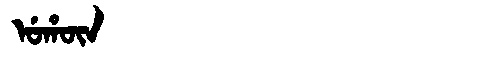
Manchu: ᡠᡥᡡᠨ
Romanization: UHŪN